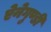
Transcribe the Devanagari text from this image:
ऐनेगुण्डी